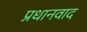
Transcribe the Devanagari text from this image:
प्रधानवाद